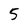
Character: 5